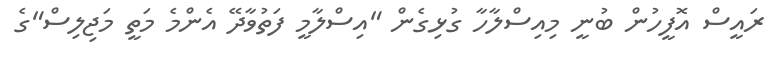
ރައީސް އޮފީހުން ބުނީ މިއިސްލާހާ ގުޅިގެން "އިސްލާމީ ފަތުވާދޭ އެންމެ މަތީ މަޖިލިސް"ގެ